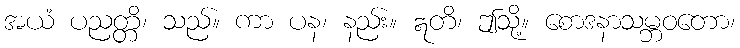
အယံ ပညတ္တိ၊ သည်။ ကာ ပန၊ နည်း။ ဣတိ၊ ဤသို့။ စောဒနာသမ္ဘဝတော၊